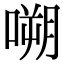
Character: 嗍